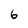
Character: 6